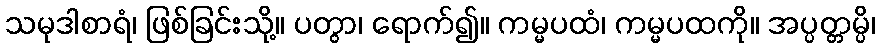
သမုဒါစာရံ၊ ဖြစ်ခြင်းသို့။ ပတွာ၊ ရောက်၍။ ကမ္မပထံ၊ ကမ္မပထကို။ အပ္ပတ္တမ္ပိ၊